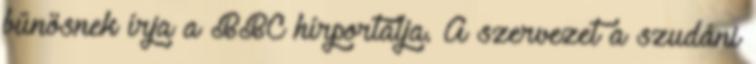
bűnösnek írja a BBC hírportálja. A szervezet a szudáni